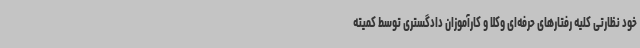
خود نظارتی کلیه رفتارهای حرفه‌ای وکلا و کارآموزان دادگستری توسط کمیته